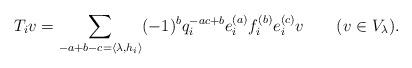
LaTeX: \begin{align*}T_iv=\sum_{-a+b-c=\langle\lambda,h_i\rangle}(-1)^bq_i^{-ac+b}e_i^{(a)}f_i^{(b)}e_i^{(c)}v\qquad(v\in V_\lambda).\end{align*}